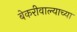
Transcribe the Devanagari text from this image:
बेकरीवाल्याच्या